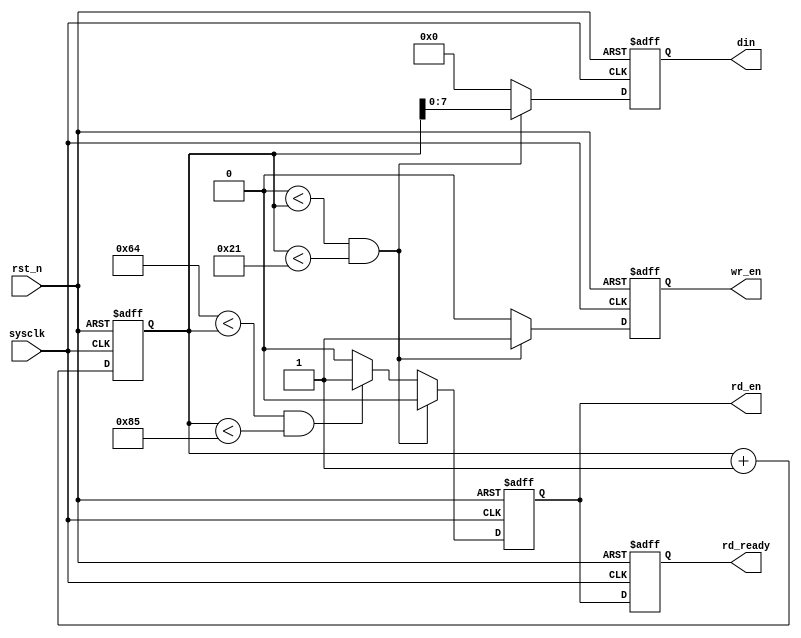
`timescale 1ns / 1ps
//////////////////////////////////////////////////////////////////////////////////
// Company: 
// Engineer: 
// 
// Design Name: 
// Module Name:    control_module 
// Project Name: 
// Target Devices: 
// Tool versions: 
// Description: 
//
// Dependencies: 
//
// Revision: 
// Revision 0.01 - File Created
// Additional Comments: 
//
//////////////////////////////////////////////////////////////////////////////////
// fifo_ip fifo_ip_inst(
//    .clk(sysclk),   // input clk
//    .rst(!rst_n),   // input rst
//    .din(din),      // input [7 : 0] din
//    .wr_en(wr_en),  // input wr_en
//    .rd_en(rd_en),  // input rd_en
//    .dout(dout),    // output [7 : 0] dout
//    .full(full),    // output full
//    .empty(empty)   // output empty
// );
module control_module(
    sysclk,
    rst_n,
    din,
    wr_en,
    rd_en,
    rd_ready
    );
    
    input sysclk;
    input rst_n;
    
    output [7:0]din;    //FIFO
    output wr_en;       //FIFO
    output rd_en;       //FIFO
    
    output rd_ready;    //FIFO
    
    /******************************************************************/
    reg [7:0]rWdata;
    reg wEn;
    reg rEn;
    reg ready;
    
    assign din = rWdata;
    assign wr_en = wEn;
    assign rd_en = rEn;
    assign rd_ready = ready;
    
    /******************************************************************/
    reg [9:0]cnt;
    
    always @(posedge sysclk or negedge rst_n) begin
        if (!rst_n)
            cnt <= 10'd0;
        else
            cnt <= cnt + 1'b1;
    end
    
    /******************************************************************/
    always @(posedge sysclk or negedge rst_n) begin
        if (!rst_n) begin
            wEn <= 1'b0;
            rEn <= 1'b0;
            rWdata <= 8'd0;
        end
        else if((10'd0 < cnt) && (cnt < 10'd33)) begin //32FIFO
            wEn <= 1'b1;
            rEn <= 1'b0;
            rWdata <= cnt; //8'h01 ~ 8'h20
        end
        else if ((10'd100 < cnt) && (cnt < 10'd133)) begin //32FIFO
            wEn <= 1'b0;
            rEn <= 1'b1;
            rWdata <= 8'd0;
        end
        else begin
            wEn <= 1'b0;
            rEn <= 1'b0;
            rWdata <= 8'd0;
        end
    end
    
    /******************************************************************/
    always @(posedge sysclk or negedge rst_n) begin
        if (!rst_n)
            ready <= 1'b0;
        else
            ready <= rEn;
    end


endmodule